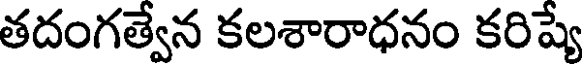
తదంగత్వేన కలశారాధనం కరిష్యే